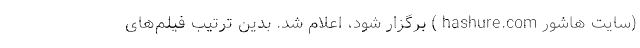
(سایت هاشور hashure.com ) برگزار شود، اعلام شد. بدین ترتیب فیلم‌های